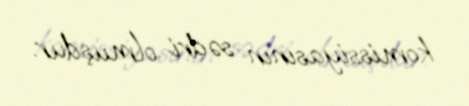
komissiyasının sədri olmuşdur.